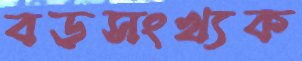
বড়সংখ্যক